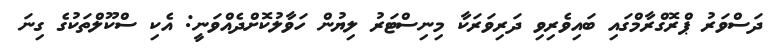
ދަސްވަރު ޕްރޮގްރާމްގައި ބައިވެރިވި ދަރިވަރަކާ މިނިސްޓަރު ލިޔުން ހަވާލުކޮށްދެއްވަނީ: އެކި ސްކޫލްތަކުގެ ގިނަ